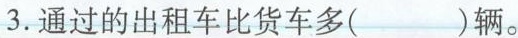
3.通过的出租车比货车多( )辆。